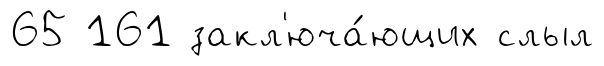
65 161 закл'юча́ющих слыл